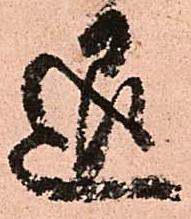
退